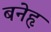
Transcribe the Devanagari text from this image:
बनेहृ